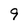
Character: 9